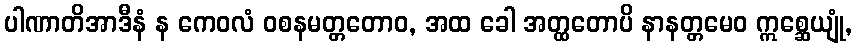
ပါဏာတိအာဒီနံ န ကေဝလံ ဝစနမတ္တတောဝ, အထ ခေါ အတ္ထတောပိ နာနတ္တမေဝ ဣစ္ဆေယျုံ,